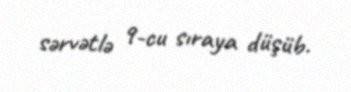
sərvətlə 9-cu sıraya düşüb.